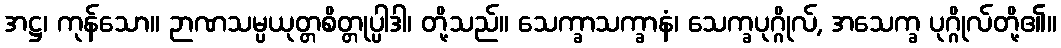
အဋ္ဌ၊ ကုန်သော။ ဉာဏသမ္ပယုတ္တစိတ္တုပ္ပါဒါ၊ တို့သည်။ သေက္ခာသက္ခာနံ၊ သေက္ခပုဂ္ဂိုလ်, အသေက္ခ ပုဂ္ဂိုလ်တို့၏။